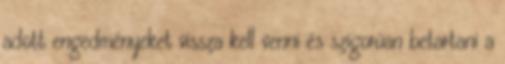
adott engedményeket vissza kell venni és szigorúan betartani a